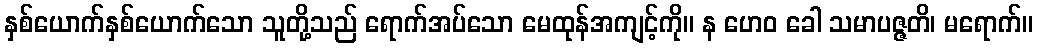
နှစ်ယောက်နှစ်ယောက်သော သူတို့သည် ရောက်အပ်သော မေထုန်အကျင့်ကို။ န ဟေဝ ခေါ သမာပဇ္ဇတိ၊ မရောက်။